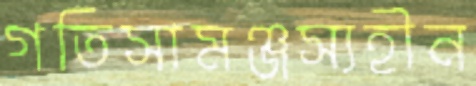
গতিসামঞ্জস্যহীন